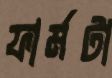
ফার্মটা